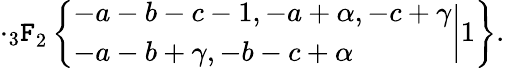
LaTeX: \cdot{_3\mathtt{F}}_{2}\left\{ \begin{array}{l}{{-a-b-c-1,-a+\alpha,-c+\gamma}}\\ {{-a-b+\gamma,-b-c+\alpha}}\end{array}\biggr|1\right\} .